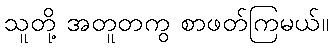
သူတို့ အတူတကွ စာဖတ်ကြမယ်။